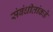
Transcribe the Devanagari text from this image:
संबंधीतांकडे